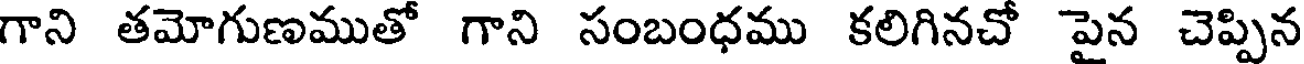
గాని తమోగుణముతో గాని సంబంధము కలిగినచో పైన చెప్పిన